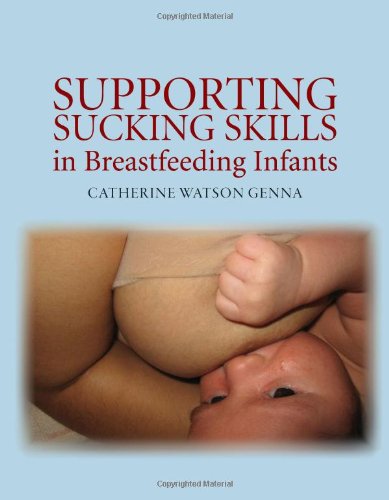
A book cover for Supporting Sucking Skills In Breastfeeding Infants; Catherine Watson Genna; Medical Books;